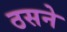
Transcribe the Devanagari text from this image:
ठसने